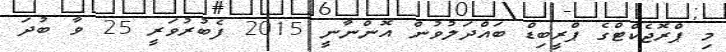
މި ޕްރޮޖެކްޓްގެ ޕްރީބިޑް ބައްދަލުވުން އޮންނާނީ 2015 ފެބުރުވަރީ 25 ވާ ބުދަ